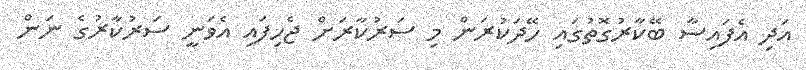
އަދި އެފައިސާ ބޭކާރުގޮތުގައި ހޭދަކުރަން މި ސަރުކާރަށް ޖެހިފައި އެވަނީ ސަރުކާރުގެ ނަން